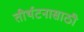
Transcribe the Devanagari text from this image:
तीर्थटनासाठी